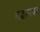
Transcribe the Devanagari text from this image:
मद्भागवत